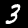
Label: 3